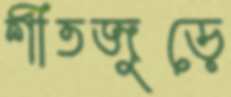
শীতজুড়ে